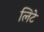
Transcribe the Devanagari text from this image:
लिटे